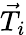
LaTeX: \vec{T}_{i}